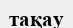
тақау